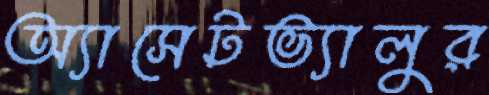
অ্যাসেটভ্যালুর